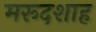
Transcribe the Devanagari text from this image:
मरूदशाह